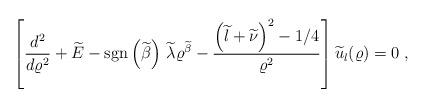
LaTeX: \begin{align*}\left[\frac{d^{2}}{d\varrho^{2}} + \widetilde{E}-{\rm sgn} \left( \widetilde{\beta} \right)\, \widetilde{\lambda} \varrho^{ \widetilde{\beta} }- \frac{\left(\widetilde{l} + \widetilde{\nu} \right)^{2}- 1/4}{\varrho^{2}}\right] \widetilde{u}_{l}(\varrho) = 0\; ,\end{align*}